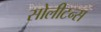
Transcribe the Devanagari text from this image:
सोलीटन्स